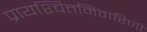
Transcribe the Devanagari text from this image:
प्रायश्चित्तनिवारिणी